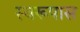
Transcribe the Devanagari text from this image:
स्वरूपास